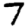
Digit: 7